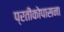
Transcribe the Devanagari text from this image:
प्रतीकोपासना